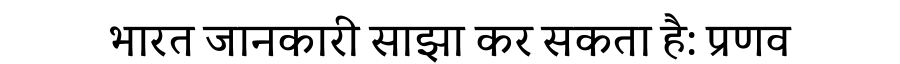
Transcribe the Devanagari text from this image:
भारत जानकारी साझा कर सकता है: प्रणव